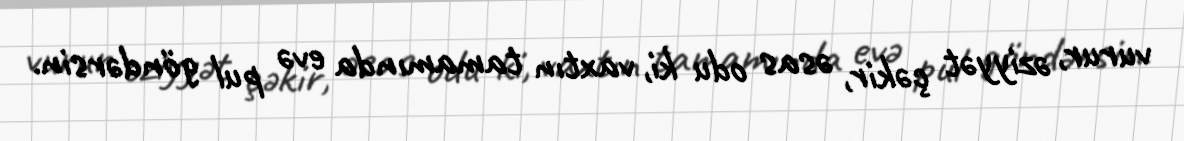
vurur, əziyyət çəkir, əsas odu ki, vaxtın tamamında evə pul göndərsin.